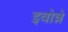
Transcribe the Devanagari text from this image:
इवोन्ने